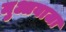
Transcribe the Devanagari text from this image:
मुआवाजा